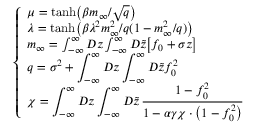
\left\{ \begin{array} { l } { \displaystyle \mu = \mathrm { t a n h } \big ( \beta m _ { \infty } / \sqrt { q } \big ) } \\ { \lambda = \mathrm { t a n h } \big ( \beta \lambda ^ { 2 } m _ { \infty } ^ { 2 } / q ( 1 - m _ { \infty } ^ { 2 } / q ) \big ) } \\ { m _ { \infty } = \int _ { - \infty } ^ { \infty } D z \int _ { - \infty } ^ { \infty } D \tilde { z } \big [ f _ { 0 } + \sigma z \big ] } \\ { \displaystyle q = \sigma ^ { 2 } + \int _ { - \infty } ^ { \infty } D z \int _ { - \infty } ^ { \infty } D \tilde { z } f _ { 0 } ^ { 2 } } \\ { \chi = \displaystyle \int _ { - \infty } ^ { \infty } D z \int _ { - \infty } ^ { \infty } D \tilde { z } \, \frac { 1 - f _ { 0 } ^ { 2 } } { 1 - \alpha \gamma \chi \cdot \big ( 1 - f _ { 0 } ^ { 2 } \big ) } } \end{array} \right. \,